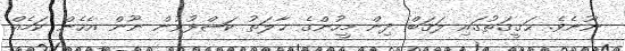
ނޫނެވެ. ޙަޤީޤަތުގައި ލަޤަބް ދިން މީހުންގެ ޙާލަތު ކަޝްފުވުން ނޫން އެހެން ކަމެއް